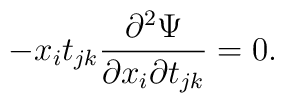
- x_i t_{jk} \frac{\partial^{2} \Psi}{\partial x_i \partial t_{jk}} = 0.